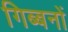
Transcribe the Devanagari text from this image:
गिब्बनों